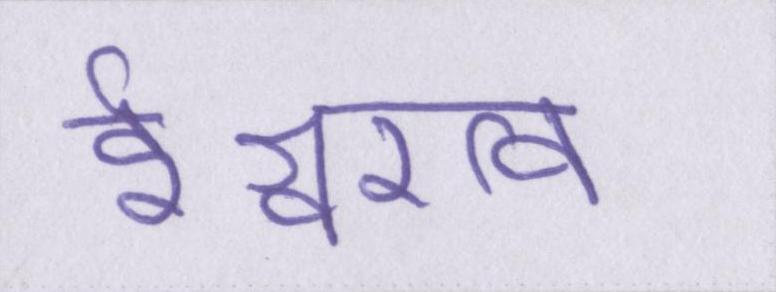
ईश्वरत्व